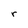
Character: r